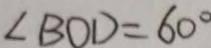
\angle B O D = 6 0 ^ { \circ }